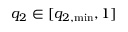
q _ { 2 } \in [ q _ { 2 , \mathrm { m i n } } , 1 ]